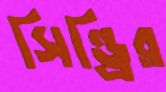
সিন্ড্রির